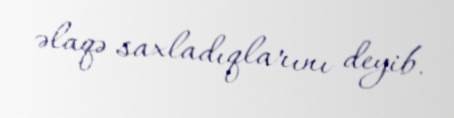
əlaqə saxladıqlarını deyib.